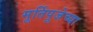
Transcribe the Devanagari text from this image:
मूर्तिपूजेच्या